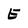
Character: E